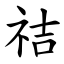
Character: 祮